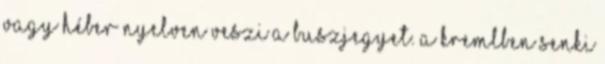
vagy héber nyelven veszi a buszjegyet. A Kremlben senki